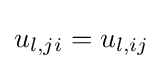
u_{l,ji}=u_{l,ij}